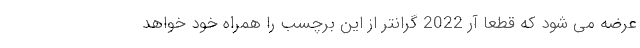
عرضه می شود که قطعا آر 2022 گرانتر از این برچسب را همراه خود خواهد